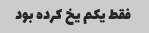
فقط یکم یخ کرده بود